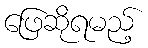
ဖြေဆိုရမည့်